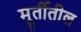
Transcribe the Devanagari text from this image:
मूर्तीतील